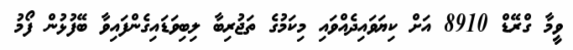
ވީމާ ގްރޭޑް 8910 އަށް ކިޔަވައިދެއްވައި މިކަމުގެ ތަޖުރިބާ ލިބިވަޑައިގެންފައިވާ ބޭފުޅުން ފޯމު